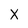
Character: X